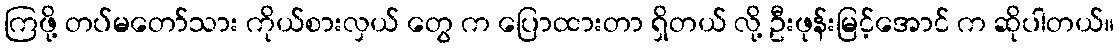
ကြဖို့ တပ်မတော်သား ကိုယ်စားလှယ် တွေ က ပြောထားတာ ရှိတယ် လို့ ဦးဖုန်းမြင့်အောင် က ဆိုပါတယ်။